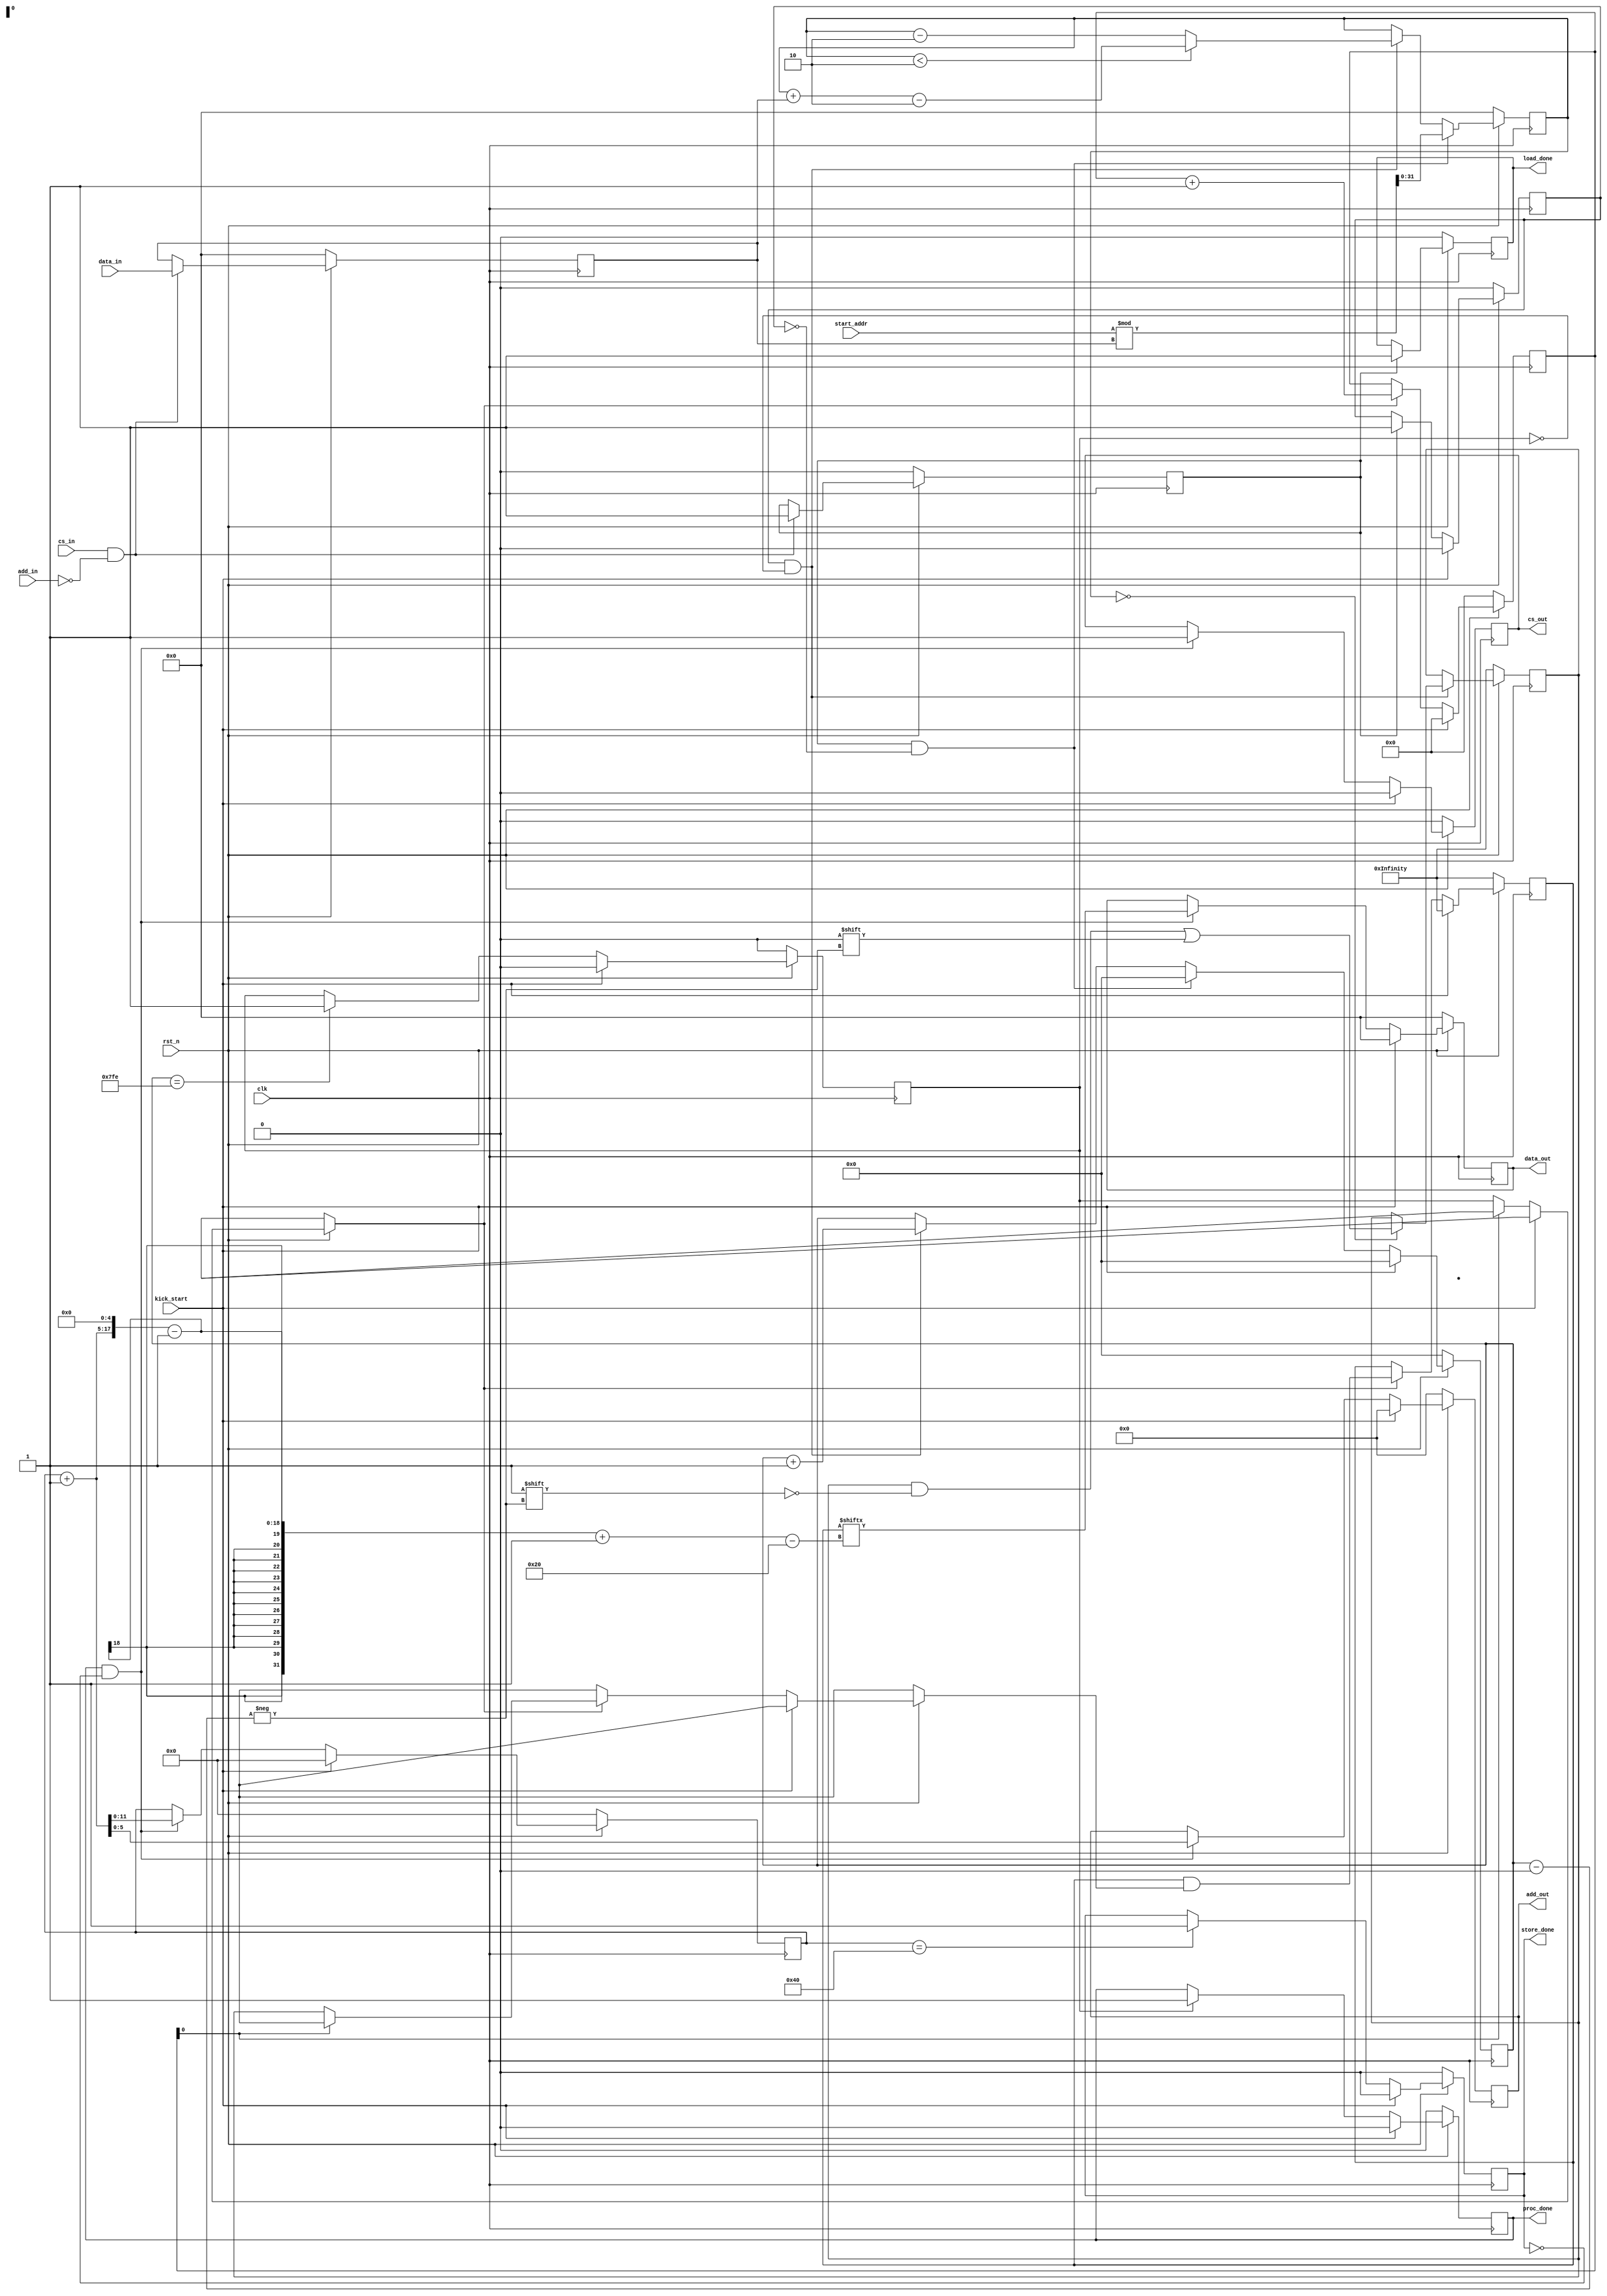
//gatebach_core.v
//multiple cores
//each core is responsible for the sieving by using 1 prime number

module gatebach_core( input clk,
                      input rst_n,
                      input [63:0] start_addr,
                      //interrupt
                      output load_done,
                      output proc_done,
                      output store_done,
                      //input bus
                      input cs_in,
                      input [4:0] add_in,         //ranges from 0 to 31
                      input [31:0] data_in,
                      //output bus
                      output cs_out,
                      output [5:0] add_out,       //ranges from 0 to 63
                      output [31:0] data_out,
                      input  kick_start);

  localparam  SLICE_LENGTH = 2048;                //each slice has the size of 32*64 = 2048 bits
  // localparam  CORE_NUM = 32;                       //32 virtual cores, each handles 1 prime number
  localparam  CORE_NUM = 1;                       //debug CORE_NUM = 1

  //system signals, shared by all cores
  // reg           i_rst_n;                          //internal reset signal, asserts when the current job is finished
  reg           i_load_done;                      //for debugging, external signal
  reg           i_proc_done;                      //for debugging, external signal
  reg           i_store_done;                     //for debugging, external signal
  reg           i_cs_out;                         //register interface
  reg [5:0]     i_add_out;                        //register interface
  reg [31:0]    i_data_out;                       //register interface

  reg [6:0]     proc_cnt;                         //internal counter, counts up when the output of a core is merged to the output data
  reg [11:0]    store_cnt;                        //internal counter, ranges from 0~2047
  //each core is composed in the following way
  //private memory belongs to each core
  reg [31:0]    prime_number   [0:CORE_NUM-1];    //used to store the 32-bit prime number
  // reg [31:0]    remainder      [0:CORE_NUM-1];    //used to store the 32-bit remainder, which is supposed to be calculated by the DSP block
  reg           core_load_flag [0:CORE_NUM-1];    //shows a prime number has been recieved and has been stored in prime_number
  reg           core_set_flag  [0:CORE_NUM-1];    //shows initialization is done by using the said prime number
  reg           core_proc_flag [0:CORE_NUM-1];    //shows the core has completed the sieving process
  reg [12:0]    core_pointer   [0:CORE_NUM-1];    //increments by each clock cycle and indicates which bit is under inspection
  reg [31:0]    core_sieve_cnt [0:CORE_NUM-1];    //decrements by 2 by each clock cycle and + prime number when the counter is less than 2

  //things that take huge amount of FPGA resources
  reg [SLICE_LENGTH-1:0] tmp_data [0:CORE_NUM-1]; //private memory belongs to each core, big enough to store the 2048-bit long slice
  // wire[SLICE_LENGTH-1:0] wire_data [0:CORE_NUM-1];//tmp_data shifited by the amount of remainder

  reg [SLICE_LENGTH-1:0] data;                    //the final result

  assign load_done = i_load_done;
  assign proc_done = i_proc_done;
  assign store_done = i_store_done;
  assign cs_out = i_cs_out;
  assign add_out = i_add_out;
  assign data_out = i_data_out;
  // assign rst_n = sys_rst_n & i_rst_n;

  //reset
  // always @ (posedge clk) begin
  //   if(i_store_done == 1)
  //     i_rst_n <= 1;
  //   else if(i_rst_n)
  //     i_rst_n <= 0;
  // end

  //load data-------------------------------------------------
  always @ (posedge clk) begin
    if(!rst_n)
      i_load_done <= 0;
    else if(core_load_flag[CORE_NUM-1] == 1)  //load_done asserts when the last core has finished loading data
      i_load_done <= 1;
  end

  genvar i;
  generate
  for(i = 0; i < CORE_NUM; i = i + 1) begin
    always @ (posedge clk) begin
      if(!rst_n) begin
        core_load_flag[i] <= 0;
        prime_number[i] <= 0;
      end
      else if(cs_in & (add_in == i)) begin
        core_load_flag[i] <= 1;
        prime_number[i] <= data_in;
      end
    end

    always @ (posedge clk) begin
      if(!rst_n) begin
        core_set_flag[i] <= 0;
      end
      else if(kick_start)
        core_set_flag[i] <= 0;            //reset by kick_start
      else if(core_load_flag[i]) begin
        core_set_flag[i] <= 1;
      end
    end
  end
  endgenerate
  //----------------------------------------------------------

  //process data----------------------------------------------
  always @ (posedge clk) begin
    if(!rst_n)
      i_proc_done <= 0;
    else if(kick_start)
      i_proc_done <= 0;                 //reset by kick_start
    else if(core_proc_flag[CORE_NUM-1] == 1)
      i_proc_done <= 1;
  end

  always @ (posedge clk) begin
    if(!rst_n) begin
      data <= {SLICE_LENGTH{1'b 1}};
      proc_cnt <= 0;
    end
    else if(kick_start) begin
      data <= {SLICE_LENGTH{1'b 1}};
      proc_cnt <= 0;
    end
    else if(core_proc_flag[proc_cnt] == 1) begin
        data <= data & tmp_data[proc_cnt];
        proc_cnt <= proc_cnt + 1;
    end
  end

  genvar j;
  generate
  for(j = 0; j < CORE_NUM; j = j + 1) begin

    //combinatorial logic
    // always @ (*) begin
    //   if(!rst_n)
    //     remainder[j] = 0;
    //   else if(core_load_flag[j] == 1)
    //     remainder[j] = start_addr % prime_number[j];
    // end

    //sequential logic
    always @ (posedge clk) begin
      if(!rst_n)
        core_sieve_cnt[j] <= 0;
      else if(core_load_flag[j] & !core_set_flag[j])
        core_sieve_cnt[j] <= start_addr % prime_number[j];
      else if(core_set_flag[j] & !core_proc_flag[j]) begin
        if(core_sieve_cnt[j] < 2)
          core_sieve_cnt[j] <= core_sieve_cnt[j] + prime_number[j] - 2;
        else
          core_sieve_cnt[j] <= core_sieve_cnt[j] - 2;
      end
    end

    always @ (posedge clk) begin
      if(!rst_n)
        core_pointer[j] <= 0;
      else if(kick_start)
        core_pointer[j] <= 0;
      else if(core_load_flag[j] & !core_set_flag[j])
        core_pointer[j] <= 0;
      else if(core_set_flag[j] & !core_proc_flag[j])
        core_pointer[j] <= core_pointer[j] + 1;
    end

    always @ (posedge clk) begin
      if(!rst_n)
        core_proc_flag[j] <= 0;
      else if(kick_start)
        core_proc_flag[j] <= 0;
      else if(core_pointer[j] == SLICE_LENGTH-2)
        core_proc_flag[j] <= 1;
    end

    always @ (posedge clk) begin
      if(!rst_n)
        tmp_data[j] <= {SLICE_LENGTH{1'b 1}};
      else if(core_set_flag[j] & !core_proc_flag[j])
        if(core_sieve_cnt[j] == 0)
          tmp_data[j][core_pointer[j]] <= 0;
    end

    //combinatorial logic
    // assign wire_data[j] = core_proc_flag[j] ? ((tmp_data[j] << remainder[j]) | (tmp_data[j] >> (SLICE_LENGTH - remainder[j]))) : {SLICE_LENGTH{1'b 1}};

  end
  endgenerate
  //----------------------------------------------------------

  //store data------------------------------------------------
  always @ (posedge clk) begin
    if(!rst_n) begin
      i_cs_out <= 0;
      i_add_out <= 0;
      i_data_out <= 0;
    end
    else if(kick_start) begin
      i_cs_out <= 0;
      i_add_out <= 0;
      i_data_out <= 0;
    end
    else if(i_proc_done & !i_store_done) begin
      i_cs_out <=1;
      i_add_out <= store_cnt + 1;
      i_data_out <= data[ ((store_cnt + 1) << 5) -1 -: 32];
    end
  end

  always @ (posedge clk) begin
    if(!rst_n) begin
      store_cnt <= 0;
    end
    else if(kick_start)
      store_cnt <= 0;
    else if(i_proc_done & !i_store_done) begin
      store_cnt <= store_cnt + 1;
    end
  end

  always @ (posedge clk) begin
    if(!rst_n)
      i_store_done <= 0;
    else if(kick_start)
      i_store_done <= 0;
    else if(store_cnt == (SLICE_LENGTH>>5))
      i_store_done <= 1;
  end
  //----------------------------------------------------------

endmodule